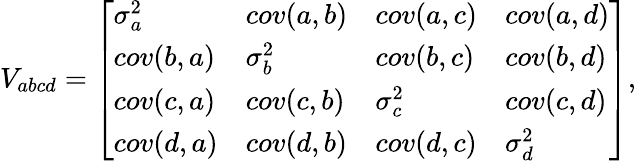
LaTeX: \begin{array}{r}{V_{abcd}=\left[\begin{array}{llll}{\sigma_{a}^{2}}&{cov(a,b)}&{cov(a,c)}&{cov(a,d)}\\ {cov(b,a)}&{\sigma_{b}^{2}}&{cov(b,c)}&{cov(b,d)}\\ {cov(c,a)}&{cov(c,b)}&{\sigma_{c}^{2}}&{cov(c,d)}\\ {cov(d,a)}&{cov(d,b)}&{cov(d,c)}&{\sigma_{d}^{2}}\end{array}\right],}\end{array}